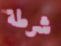
شرطة